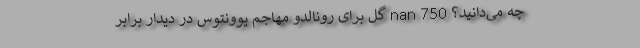
چه می‌دانید؟ nan 750 گل برای رونالدو مهاجم یوونتوس در دیدار برابر